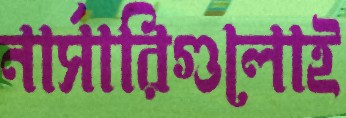
নার্সারিগুলোই